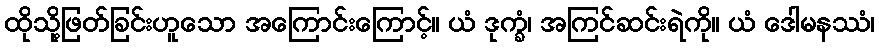
ထိုသို့ဖြတ်ခြင်းဟူသော အကြောင်းကြောင့်။ ယံ ဒုက္ခံ၊ အကြင်ဆင်းရဲကို။ ယံ ဒေါမနဿံ၊